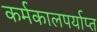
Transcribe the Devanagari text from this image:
कर्मकालपर्याप्त